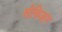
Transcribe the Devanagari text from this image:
सेविअर